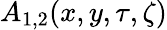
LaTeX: A_{1,2}(x,y,\tau,\zeta)